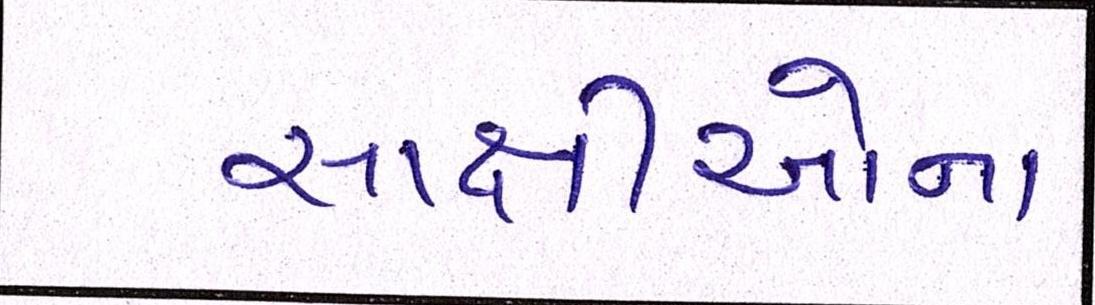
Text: સાક્ષીઓના